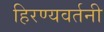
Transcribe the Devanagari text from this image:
हिरण्यवर्तनी